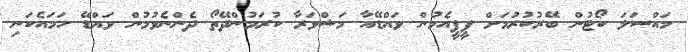
މައްސަލަ ކޯޓުން ބޭރުކުރުމަށް ޕީޕީއެމުން ވައްޑޭއާ މަޝްވަރާ ކުރަމުންދޭތޯ ދެންނެވުމުން ވައްޑޭ ހަމައެކަނި